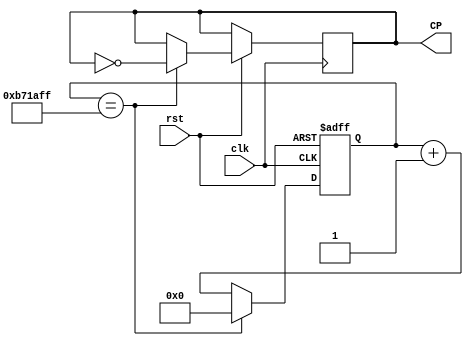
module clk_1s(clk,rst,CP);
input clk,rst;
output reg CP;

reg [27:0]count1s;

parameter  T1=28'd11999999;

always @(posedge clk or negedge rst)
 if (!rst)       					
	     count1s<=28'd0; 		
	else  if (count1s==T1)		
				begin
				CP<=~CP;          
				count1s<=28'd0;	
				end
			else  count1s<=count1s+28'b1; 	
endmodule